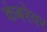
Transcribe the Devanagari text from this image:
कंबरेवर